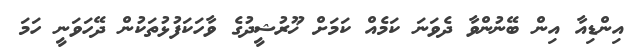
އިންޑިއާ އިން ބޭނުންވާ ދެވަނަ ކަމެއް ކަމަށް ޚޫރުޝީދުގެ ވާހަކަފުޅުތަކުން ދޭހަވަނީ ހަމަ